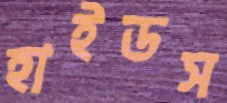
হাইডস